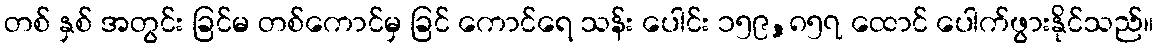
တစ် နှစ် အတွင်း ခြင်မ တစ်ကောင်မှ ခြင် ကောင်ရေ သန်း ပေါင်း ၁၅၉,၈၅၇ ထောင် ပေါက်ဖွားနိုင်သည်။